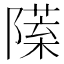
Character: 𨼙